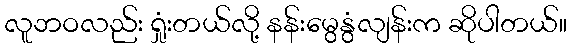
လူဘဝလည်း ရှုံးတယ်လို့ နန်းမွေနွံလျန်းက ဆိုပါတယ်။